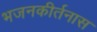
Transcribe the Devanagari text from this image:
भजनकीर्तनास